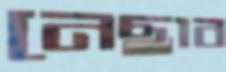
নেছাব